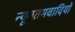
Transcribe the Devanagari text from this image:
न्यूनतमवादियों